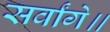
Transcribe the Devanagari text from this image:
सर्वांगे॥